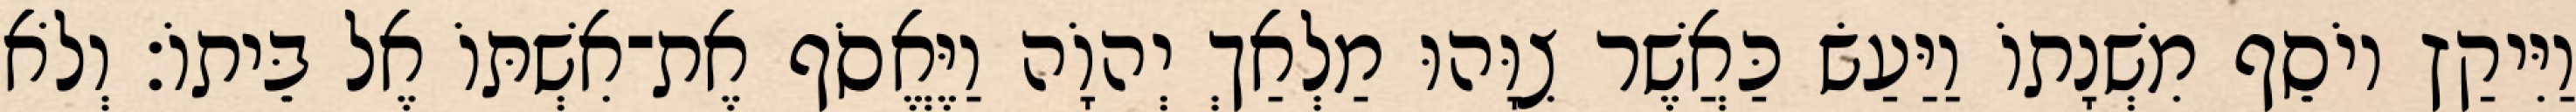
וַיִּיקַץ יוֹסֵף מִשְׁנָתוֹ וַיַּעַשׂ כַּאֲשֶׁר צִוָּהוּ מַלְאַךְ יְהוָֹה וַיֶּאֱסֹף אֶת־אִשְׁתּוֹ אֶל בֵּיתוֹ׃ וְלֹא